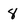
Character: 8